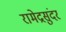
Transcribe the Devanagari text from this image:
रामेद्रसुंदर